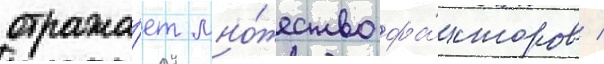
отража́ет мно́жество фа́кторов /